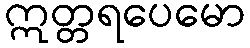
ဣတ္တရပေမော